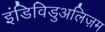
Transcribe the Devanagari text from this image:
इंडिविडुअलिज़म